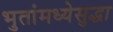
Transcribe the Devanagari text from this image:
भुतांमध्येसुद्धा